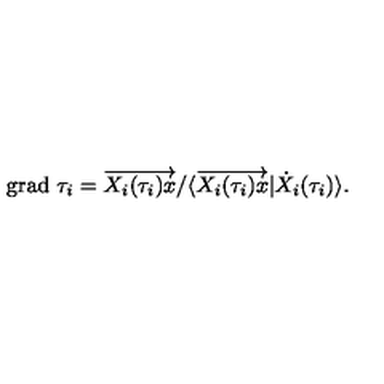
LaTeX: \mathrm { g r a d } \ \tau _ { i } = \overrightarrow { X _ { i } ( \tau _ { i } ) x } / \langle \overrightarrow { X _ { i } ( \tau _ { i } ) x } | \dot { X } _ { i } ( \tau _ { i } ) \rangle .